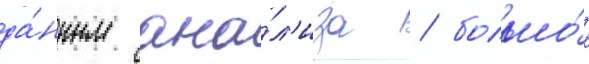
да́нным ана́л'иза / большо́е